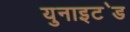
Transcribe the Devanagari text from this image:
युनाइट॓ड